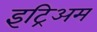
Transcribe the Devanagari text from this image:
इट्रिअम